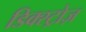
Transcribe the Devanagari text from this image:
डिक्स्ट्रोज़